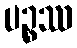
ပဉ္စဿ